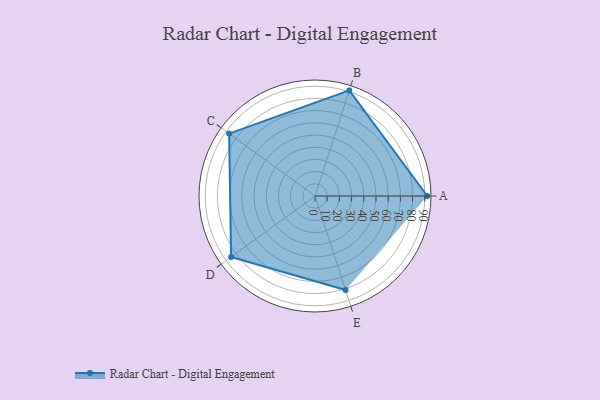
{"axis": {"x": "Skill", "y": "Score"}, "legend": ["Profile"], "data": [{"x": "A", "y": 92.0, "type": "Profile"}, {"x": "B", "y": 91.0, "type": "Profile"}, {"x": "C", "y": 87.0, "type": "Profile"}, {"x": "D", "y": 85.0, "type": "Profile"}, {"x": "E", "y": 81.0, "type": "Profile"}]}